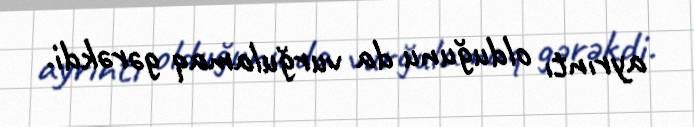
ayrıntı olduğunu da vurğulamaq gərəkdi.